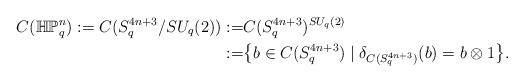
LaTeX: \begin{align*}C(\mathbb{HP}^n_q):=C(S^{4n+3}_q/SU_q(2)):=&C(S^{4n+3}_q)^{SU_q(2)}\\:=& \big\{b\in C(S^{4n+3}_q)\;|\; \delta_{C(S^{4n+3}_q)}(b)= b\otimes 1\big\}.\end{align*}